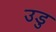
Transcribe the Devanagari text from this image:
उडु